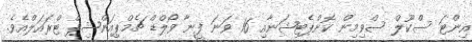
އިންޓަ ސްކޫލް ސްވިމިން ކޮންޕެޓިޝަނާއި 16 ވަނަ ފީނާ ވޯލްޑް ޗެމްޕިއަންޝިޕް ޓްރައަލްއެވެ.